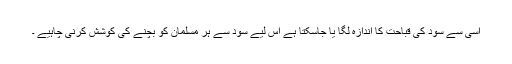
اسی سے سود کی قباحت کا اندازہ لگا یا جاسکتا ہے اس لیے سود سے ہر مسلمان کو بچنے کی کوشش کرنی چاہیے ۔